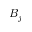
B _ { j }